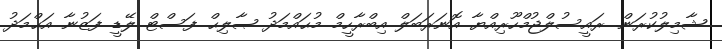
ޝާމިލުކުރަން. ރައީސުލްޖުމްހޫރިއްޔާ އޮނަރަބަލް އިބްރާހީމް މުޙައްމަދު ޞާލިޙް ފަސްޓް ލޭޑީ ފަޒުނާ އަޙްމަދު